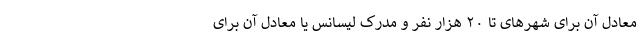
معادل آن برای شهرهای تا ۲۰ هزار نفر و مدرک لیسانس یا معادل آن برای